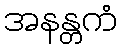
အနန္တကံ